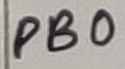
Text: PB0